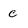
Character: c